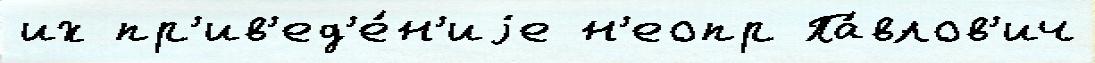
их пр'ив'ед'е́н'иjе н'еопр Па́влов'ич